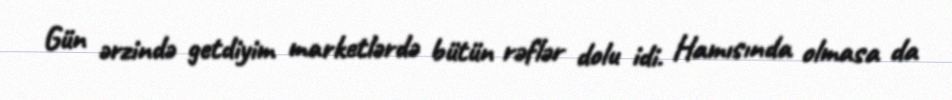
Gün ərzində getdiyim marketlərdə bütün rəflər dolu idi. Hamısında olmasa da